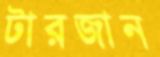
টারজান